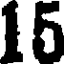
15